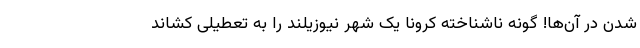
شدن در آن‌ها! گونه ناشناخته کرونا یک شهر نیوزیلند را به تعطیلی کشاند